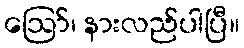
ဪ၊ နားလည်ပါပြီ။